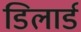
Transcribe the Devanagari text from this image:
डिलार्ड